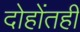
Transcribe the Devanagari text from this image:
दोहोंतही